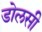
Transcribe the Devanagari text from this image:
डोलसी